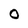
Character: O